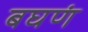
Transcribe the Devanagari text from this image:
बघणं